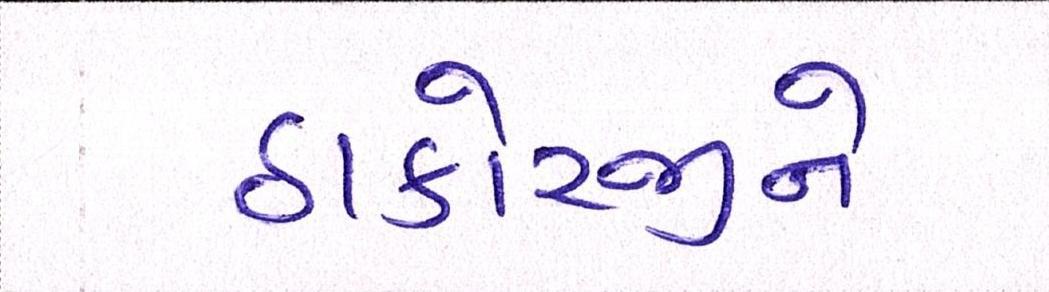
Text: ઠાકોરજીને